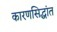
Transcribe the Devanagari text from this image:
कारणसिद्धांत